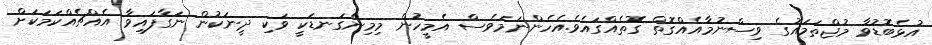
އުޅެބޮޑުވާ މުޖްތަމައުގެ ވިސްނުމާއެއްގޮތް ގޮތެއްގައެވެ.އެހެންނަމަވެސް އެމީހުން މިމިންގަނޑަކީ ވަކި ދީނަކުން ނަގާފައިވާ އެއްޗެއްކަމަކަށް